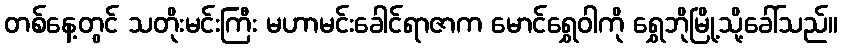
တစ်နေ့တွင် သတိုးမင်းကြီး မဟာမင်းခေါင်ရာဇာက မောင်ရွှေဝါကို ရွှေဘိုမြို့သို့ခေါ်သည်။